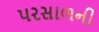
પરસાળની